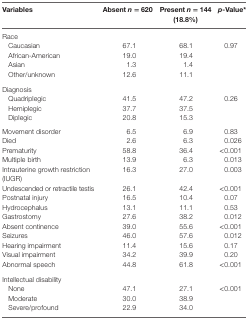
<table><thead><tr><td><b>Variables</b></td><td><b>Absent <i>n</i> = 620</b></td><td><b>Present <i>n</i> = 144 (18.8%)</b></td><td><b><i>p</i>-Value*</b></td></tr></thead><tbody><tr><td colspan="4">Race</td></tr><tr><td> Caucasian</td><td>67.1</td><td>68.1</td><td>0.97</td></tr><tr><td> African-American</td><td>19.0</td><td>19.4</td><td></td></tr><tr><td> Asian</td><td>1.3</td><td>1.4</td><td></td></tr><tr><td> Other/unknown</td><td>12.6</td><td>11.1</td><td></td></tr><tr><td colspan="4">Diagnosis</td></tr><tr><td> Quadriplegic</td><td>41.5</td><td>47.2</td><td>0.26</td></tr><tr><td> Hemiplegic</td><td>37.7</td><td>37.5</td><td></td></tr><tr><td> Diplegic</td><td>20.8</td><td>15.3</td><td></td></tr><tr><td>Movement disorder</td><td>6.5</td><td>6.9</td><td>0.83</td></tr><tr><td>Died</td><td>2.6</td><td>6.3</td><td>0.026</td></tr><tr><td>Prematurity</td><td>58.8</td><td>36.4</td><td>&lt;0.001</td></tr><tr><td>Multiple birth</td><td>13.9</td><td>6.3</td><td>0.013</td></tr><tr><td>Intrauterine growth restriction (IUGR)</td><td>16.3</td><td>27.0</td><td>0.003</td></tr><tr><td>Undescended or retractile testis</td><td>26.1</td><td>42.4</td><td>&lt;0.001</td></tr><tr><td>Postnatal injury</td><td>16.5</td><td>10.4</td><td>0.07</td></tr><tr><td>Hydrocephalus</td><td>13.1</td><td>11.1</td><td>0.53</td></tr><tr><td>Gastrostomy</td><td>27.6</td><td>38.2</td><td>0.012</td></tr><tr><td>Absent continence</td><td>39.0</td><td>55.6</td><td>&lt;0.001</td></tr><tr><td>Seizures</td><td>46.0</td><td>57.6</td><td>0.012</td></tr><tr><td>Hearing impairment</td><td>11.4</td><td>15.6</td><td>0.17</td></tr><tr><td>Visual impairment</td><td>34.2</td><td>39.9</td><td>0.20</td></tr><tr><td>Abnormal speech</td><td>44.8</td><td>61.8</td><td>&lt;0.001</td></tr><tr><td colspan="4">Intellectual disability</td></tr><tr><td> None</td><td>47.1</td><td>27.1</td><td>&lt;0.001</td></tr><tr><td> Moderate</td><td>30.0</td><td>38.9</td><td></td></tr><tr><td> Severe/profound</td><td>22.9</td><td>34.0</td><td></td></tr></tbody></table>